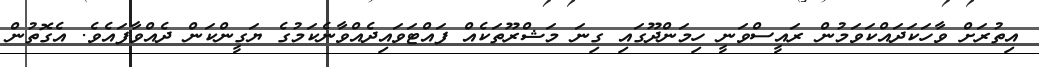
އިތުރަށް ވާހަކަދައްކަވަމުން ރައީސްވަނީ ހިމަންދޫގައި ގިނަ މަޝްރޫތަކެއް ފައްޓަވައިދެއްވާނެކަމުގެ ޔަގީންކަން ދެއްވާފައެވެ. އެގޮތުން